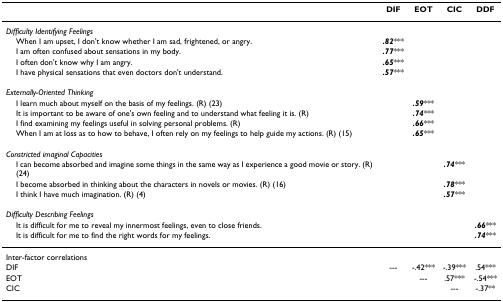
<table><thead><tr><td></td><td><b>DIF</b></td><td><b>EOT</b></td><td><b>CIC</b></td><td><b>DDF</b></td></tr></thead><tbody><tr><td><i>Difficulty Identifying Feelings</i></td><td></td><td></td><td></td><td></td></tr><tr><td> When I am upset, I don&#x27;t know whether I am sad, frightened, or angry.</td><td><b><i>.82</i></b>***</td><td></td><td></td><td></td></tr><tr><td> I am often confused about sensations in my body.</td><td><b><i>.77</i></b>***</td><td></td><td></td><td></td></tr><tr><td> I often don&#x27;t know why I am angry.</td><td><b><i>.65</i></b>***</td><td></td><td></td><td></td></tr><tr><td> I have physical sensations that even doctors don&#x27;t understand.</td><td><b><i>.57</i></b>***</td><td></td><td></td><td></td></tr><tr><td><i>Externally-Oriented Thinking</i></td><td></td><td></td><td></td><td></td></tr><tr><td> I learn much about myself on the basis of my feelings. (R) (23)</td><td></td><td><b><i>.59</i></b>***</td><td></td><td></td></tr><tr><td> It is important to be aware of one&#x27;s own feeling and to understand what feeling it is. (R)</td><td></td><td><b><i>.74</i></b>***</td><td></td><td></td></tr><tr><td> I find examining my feelings useful in solving personal problems. (R)</td><td></td><td><b><i>.66</i></b>***</td><td></td><td></td></tr><tr><td> When I am at loss as to how to behave, I often rely on my feelings to help guide my actions. (R) (15)</td><td></td><td><b><i>.65</i></b>***</td><td></td><td></td></tr><tr><td><i>Constricted imaginal Capacities</i></td><td></td><td></td><td></td><td></td></tr><tr><td> I can become absorbed and imagine some things in the same way as I experience a good movie or story. (R) (24)</td><td></td><td></td><td><b><i>.74</i></b>***</td><td></td></tr><tr><td> I become absorbed in thinking about the characters in novels or movies. (R) (16)</td><td></td><td></td><td><b><i>.78</i></b>***</td><td></td></tr><tr><td> I think I have much imagination. (R) (4)</td><td></td><td></td><td><b><i>.57</i></b>***</td><td></td></tr><tr><td><i>Difficulty Describing Feelings</i></td><td></td><td></td><td></td><td></td></tr><tr><td> It is difficult for me to reveal my innermost feelings, even to close friends.</td><td></td><td></td><td></td><td><b><i>.66</i></b>***</td></tr><tr><td> It is difficult for me to find the right words for my feelings.</td><td></td><td></td><td></td><td><b><i>.74</i></b>***</td></tr><tr><td>Inter-factor correlations</td><td></td><td></td><td></td><td></td></tr><tr><td>DIF</td><td>---</td><td>-.42***</td><td>-.39***</td><td>.54***</td></tr><tr><td>EOT</td><td></td><td>---</td><td>.57***</td><td>-.54***</td></tr><tr><td>CIC</td><td></td><td></td><td>---</td><td>-.37**</td></tr></tbody></table>